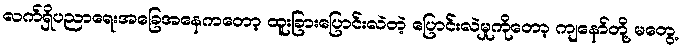
လက်ရှိပညာရေးအခြေအနေကတော့ ထူးခြားပြောင်းလဲတဲ့ ပြောင်းလဲမှုကိုတော့ ကျနော်တို့ မတွေ့